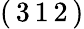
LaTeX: (\, 3\, 1\, 2\, )